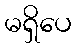
မရှိပေ